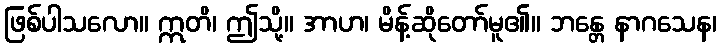
ဖြစ်ပါသလော။ ဣတိ၊ ဤသို့။ အာဟ၊ မိန့်ဆိုတော်မူ၏။ ဘန္တေ နာဂသေန၊